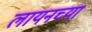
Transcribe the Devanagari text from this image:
लायनच्या